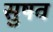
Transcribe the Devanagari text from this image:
सुषव